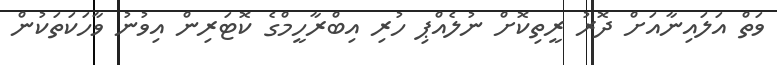
ވަތް އަލައިނާއަށް ދޮރު ރީތިކޮށް ނުލެއްޕި ހުރި އިބްރާހީމްގެ ކޮޓަރިން އިވުނު ވާހަކަތަކުން